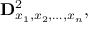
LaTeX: \mathbf { D } _ { x _ { 1 } , x _ { 2 } , \dots , x _ { n } } ^ { 2 } ,